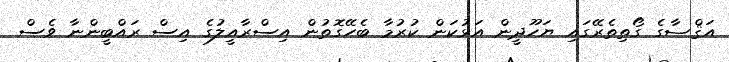
އަޤްޞާގެ ގޯތިތެރޭގައި ޔަހޫދީން އަޅުކަން ކުރުމާ ބެހޭގޮތުން އިސްރާއީލުގެ އިސް ރައްބީންނާ ވެސް